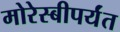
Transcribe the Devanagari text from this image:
मोरेस्बीपर्यंत